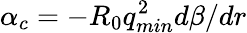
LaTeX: \alpha_{c}=-R_{0}q_{min}^{2}d\beta/dr